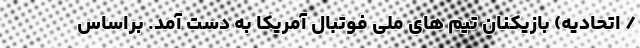
/ اتحادیه) بازیکنان تیم های ملی فوتبال آمریکا به دست آمد. براساس